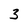
Character: 3